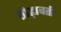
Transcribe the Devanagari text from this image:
तोड़ावती